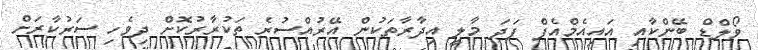
ވޯލްޑް ބޭންކާއި އައިއެމްއެފް ފަދަ މާލީ އިދާރާތަކުން އޭރުއްސުރެ ތަކުރާރުކޮށް ދިވެހި ސަރުކާރަށް